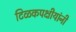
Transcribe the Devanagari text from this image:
टिळकपक्षीयांनी